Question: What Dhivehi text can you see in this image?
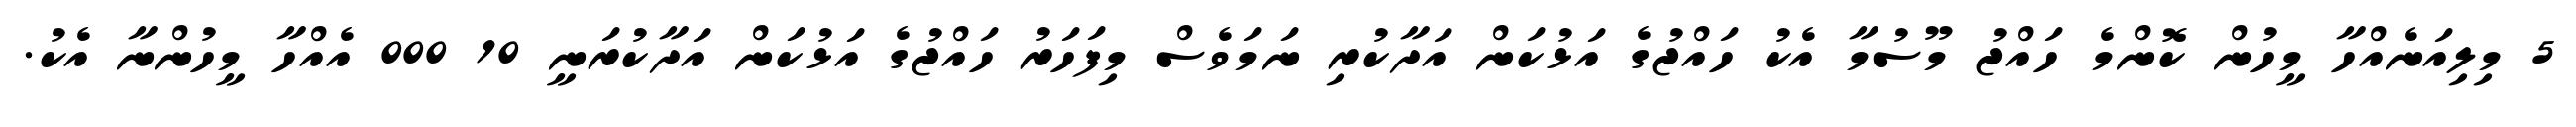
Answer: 5 މިލިއަނެއްހާ މީހުން ކޮންމެ ހައްޖު މޫސުމާ އެކު ހައްޖުގެ އަޅުކަން އަދާކުރި ނަމަވެސް މިފަހަރު ހައްޖުގެ އަޅުކަން އަދާކުރަނީ 10 000 އެއްހާ މީހުންނާ އެކު.